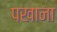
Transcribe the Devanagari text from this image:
पखाना